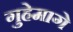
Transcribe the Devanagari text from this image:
गुहेमागे